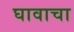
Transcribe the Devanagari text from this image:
घावाचा